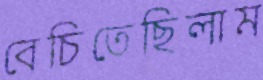
বেচিতেছিলাম